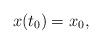
LaTeX: \begin{align*}x(t_0)=x_0,\end{align*}